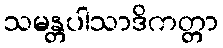
သမန္တပါသာဒိကတ္တာ